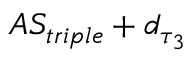
A S _ { t r i p l e } + d _ { \tau _ { 3 } }